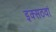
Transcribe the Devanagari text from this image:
इक्सठवां